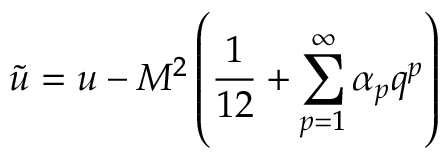
\tilde { u } = u - M ^ { 2 } \left( \frac { 1 } { 1 2 } + \sum _ { p = 1 } ^ { \infty } \alpha _ { p } q ^ { p } \right)